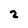
Character: 2